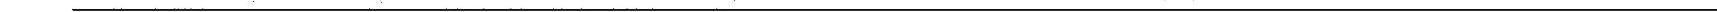
___